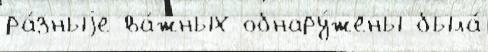
ра́зныjе ва́жных обнару́жены была́